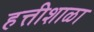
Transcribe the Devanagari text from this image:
हत्तीशाळा